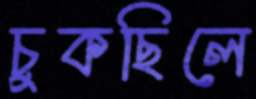
চুকছিলে